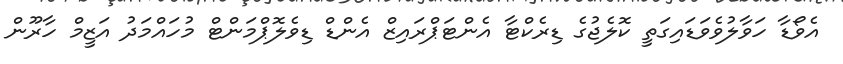
އެވޯޑާ ހަވާލުވެވަޑައިގަތީ ކޮލެޖުގެ ޑިރެކްޓާ އެންޓަޕްރައިޒް އެންޑް ޑިވެލޮޕްމަންޓް މުހައްމަދު އަޒީމް ހާރޫން